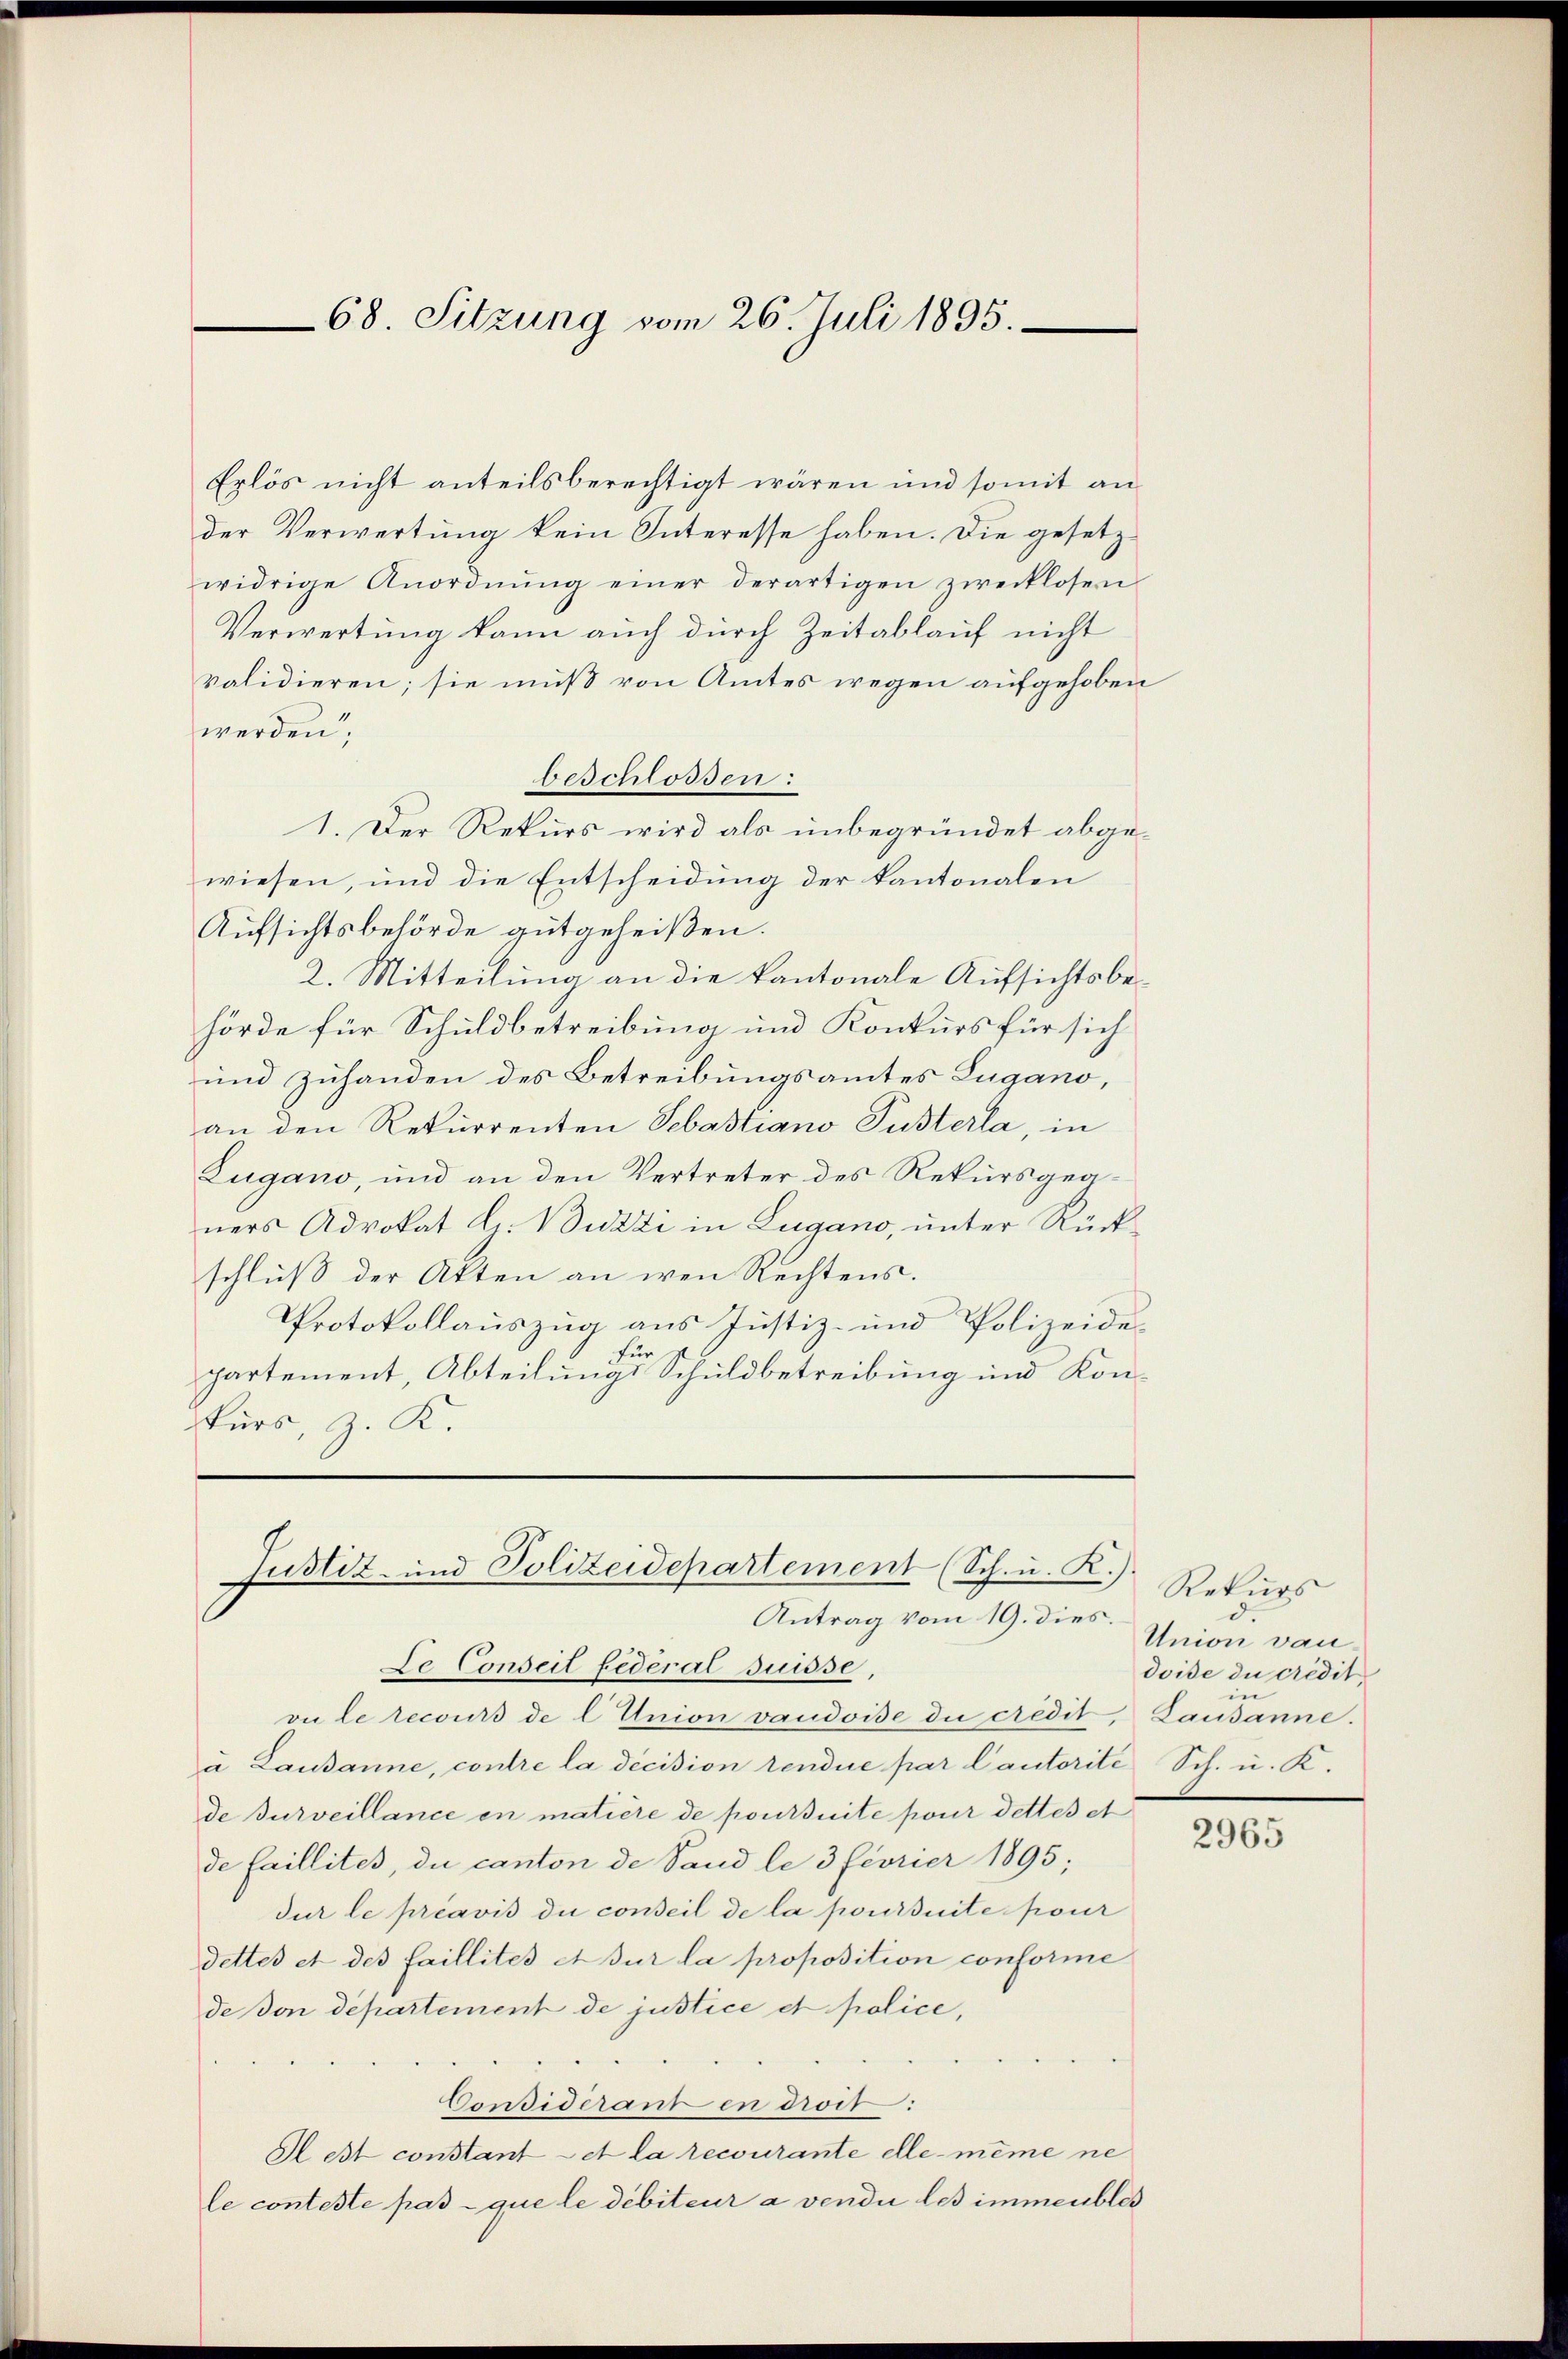
68. Sitzung vom 26. Juli 1895.

Erlös nicht anteilsberechtigt wären und somit an
der Verwertung kein Interesse haben. Die gesetzwidrige Anordnŭng einer derartigen zwecklosen
Verwertung kann auch durch Zeitablauf nicht
validieren; sie muß von Amtes wegen aufgehoben
werden,
beschlossen:
1. Der Rekurs wird als unbegründet abgewiesen, und die Entscheidŭng der Kantonalen
Aufsichtsbehörde gutgeheißen.
2. Mitteilung an die kantonale Aufsichtsbehörde für Schuldbetreibung und Konkurs für sich
und zuhanden des Betreibungsamtes Lugano,
an den Rekurrenten Sebastiano Pusterla, in
Zugano, und an den Vertreter des Rekursgegners Advokat G. Buzzi in Lugano, unter Rückschluß der Akten an wen Rechtens.
Protokollauszug aus Justiz- und Polizeide
für z
partement, Abteilungs Schuldbetreibung und Konkurs, z. K.

Justiz- und Polizeidepartement (Sch. u. R.)
Antrag vom 19. dies.

Le Conseit fédéral Suisse,
vu le recours de l Union vaudoise du crédit
à Lausanne, contre la décision rendue par lautorite Sch. u. K.
de Burveillance in matière de poursuite pour dettes et
de faillites, du canton de Sand le 3 février 1895;
dur le préavis du conseil de la poursuite pour
dettes et des faillités et sur la proposition conforme
de don département de justice et police,
Considerant en droit:
Hest constant et la recourante elle même ne
le conteste pas que le débiteur a vendii les immeubles

Rekurs
d.
Union vandoise du credit
in
Lausanne.

2965